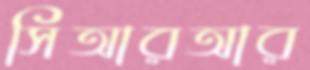
সিআরআর